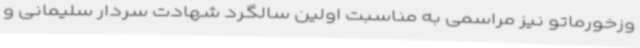
وزخورماتو نیز مراسمی به مناسبت اولین سالگرد شهادت سردار سلیمانی و